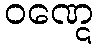
ဝဏ္ဋေ